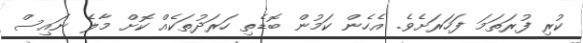
ކުރި ފުރަތަމަ ފަހަރަށެވެ. އެހެން ކަމުން ބޮޑެތި ހަރަދުތަކެއް ކޮށް މާލެ ނައިސް